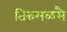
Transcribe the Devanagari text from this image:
तिरुमळसै